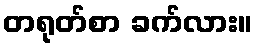
တရုတ်စာ ခက်လား။